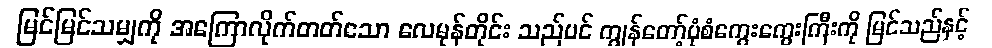
မြင်မြင်သမျှကို အကြောလိုက်တတ်သော လေမုန်တိုင်း သည်ပင် ကျွန်တော့်ပုံစံကွေးကွေးကြီးကို မြင်သည်နှင့်